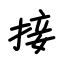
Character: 接